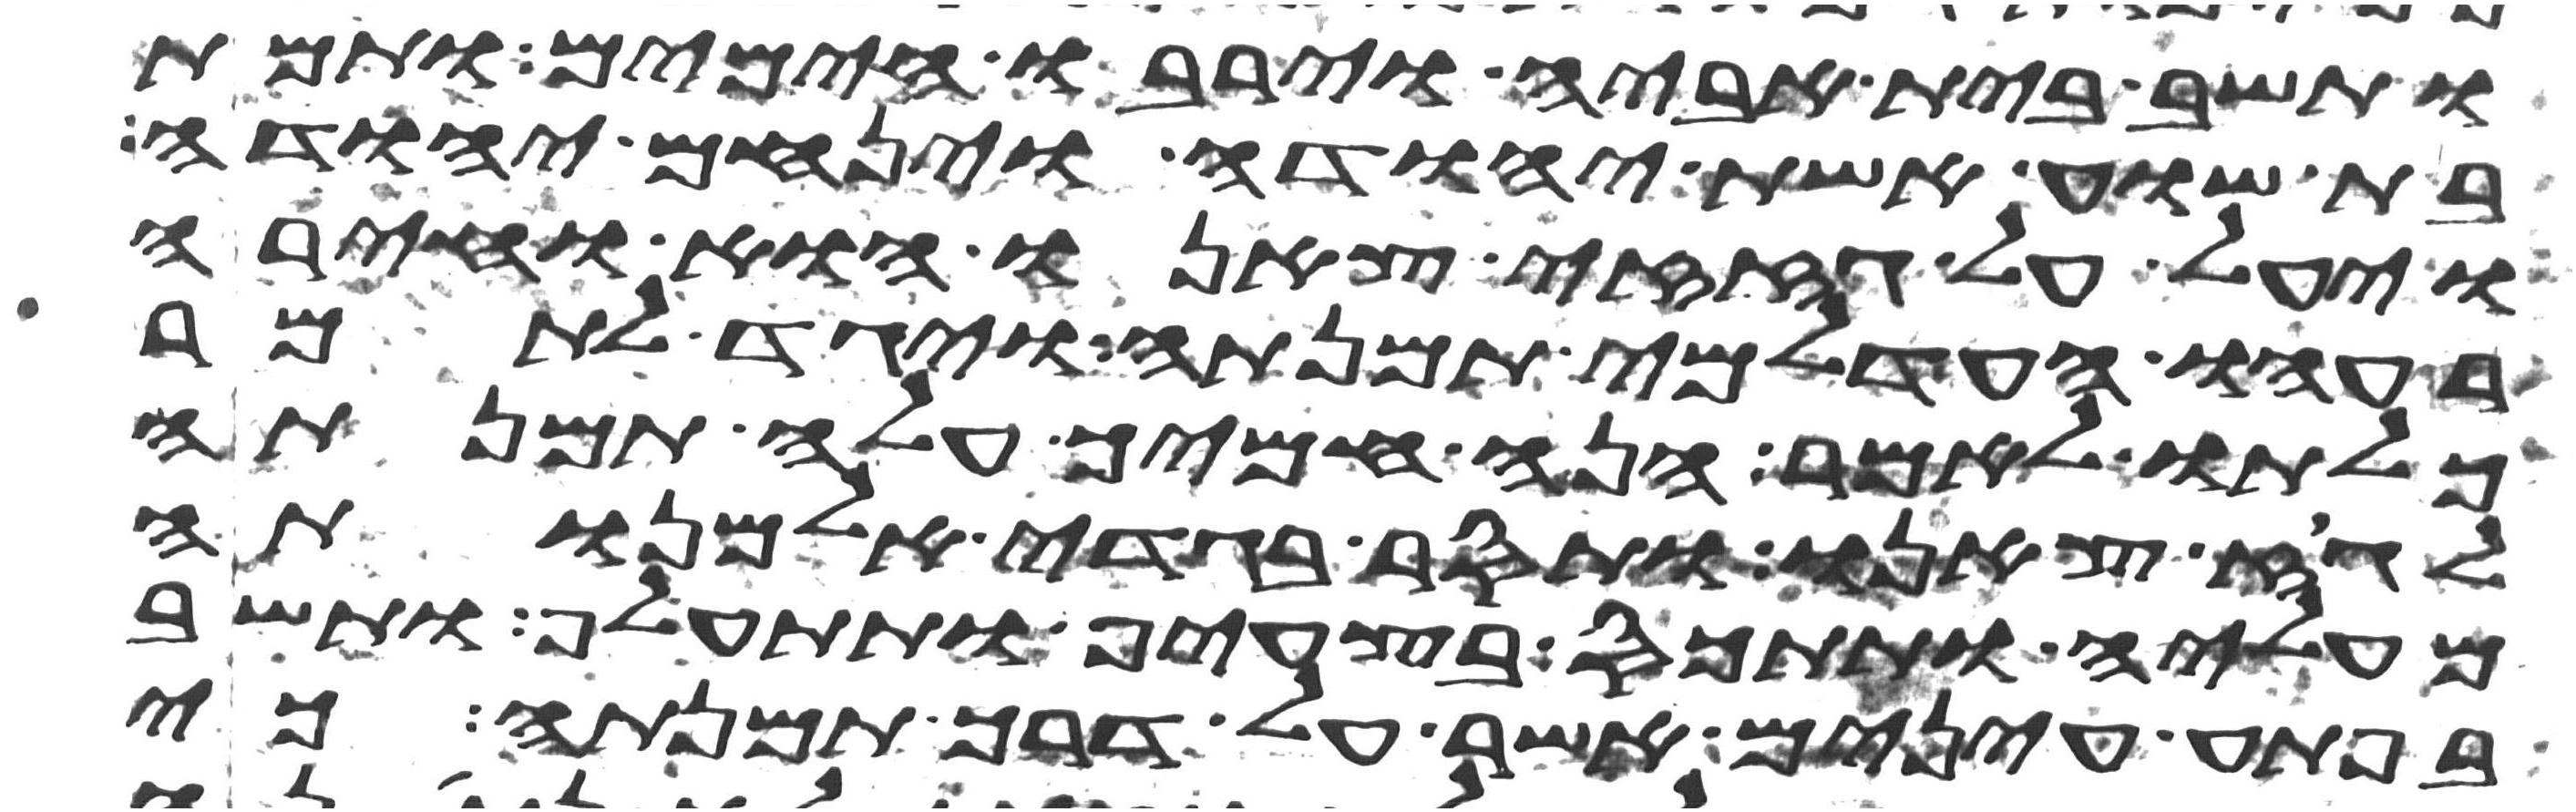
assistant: ותשב בית אביה וירבו הימים ותמת
בת שוע אשת יהודה וינחם יהודה
ויעל אל גזזי צאנו הוא וחירה
רעהו העדלמי תמנתה ויגד לתמר
כלתו לאמר הנה חמיך עלה תמנתה
לגוז צאנו ותסר בגדי אלמנותה
מעליה ותתכס בצעיף ותתעלף ותשב
בפתע עינים אשר על דרך תמנתה כי